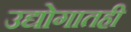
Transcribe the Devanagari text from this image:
उद्योगातही